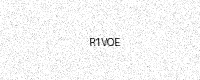
Text: R1VOE